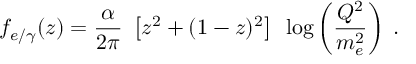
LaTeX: f _ { e / \gamma } ( z ) = \frac { \alpha } { 2 \pi } ~ \left[ z ^ { 2 } + ( 1 - z ) ^ { 2 } \right] ~ \log \left( \frac { Q ^ { 2 } } { m _ { e } ^ { 2 } } \right) \; .